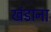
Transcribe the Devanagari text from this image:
खंडाना